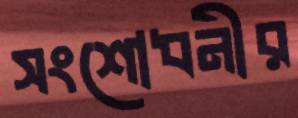
সংশোধনীর